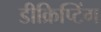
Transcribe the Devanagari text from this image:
डीक्रिप्टिंग